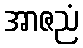
အာဇညံ